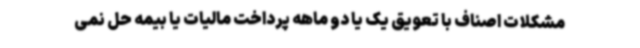
مشکلات اصناف با تعویق یک یا دو ماهه پرداخت مالیات یا بیمه حل نمی‌